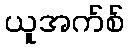
ယူအက်စ်